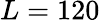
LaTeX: L=120